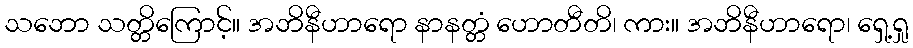
သဘော သတ္တိကြောင့်။ အဘိနီဟာရော နာနတ္တံ ဟောတီတိ၊ ကား။ အဘိနီဟာရော၊ ရှေ့ရှု